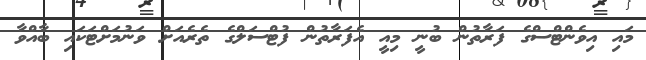
މައި އިވެންޓްސްގެ ފަރާތުން ބުނީ މިއީ އެފަރާތުން ފުޓްސަލްގެ ތެރެއަށް ވަނުމަށްޓަކައި ބާއްވާ